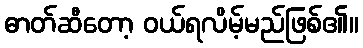
ဓာတ်ဆီတော့ ဝယ်ရလိမ့်မည်ဖြစ်၏။